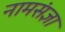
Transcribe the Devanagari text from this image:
नामसंज्ञा